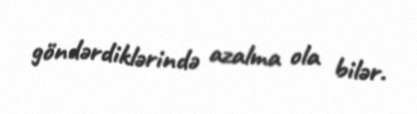
göndərdiklərində azalma ola bilər.